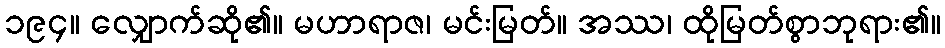
၁၉၄။ လျှောက်ဆို၏။ မဟာရာဇ၊ မင်းမြတ်။ အဿ၊ ထိုမြတ်စွာဘုရား၏။